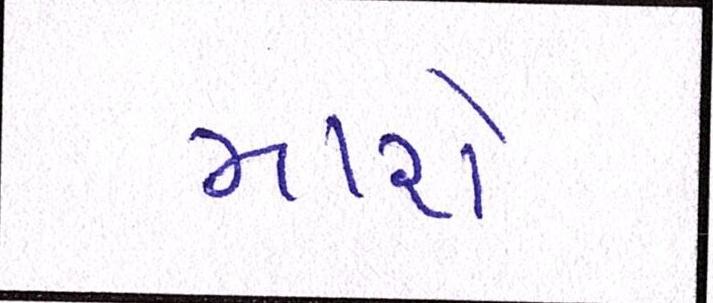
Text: મારો